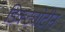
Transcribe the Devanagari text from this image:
डिक्ट्योटीन